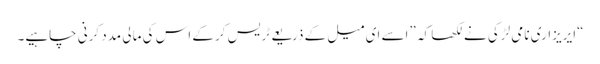
“ایریزاری نامی لڑکی نے لکھا کہ ”اسے ای میل کے ذریعے ٹریس کرکے اس کی مالی مدد کرنی چاہیے۔